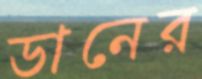
ডানের